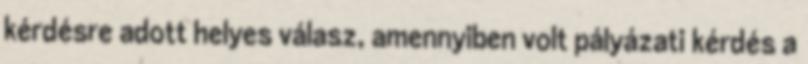
kérdésre adott helyes válasz, amennyiben volt pályázati kérdés a